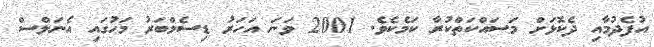
އުފެދުމާއި ދެކޮޅަށް މަސައްކަތްކުރާ ކަމެކެވެ. 2001 ވަނަ އަހަރު ޑިސެމްބަރު މަހުގައި އެނަލްސް